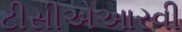
ટીસીએઆરવી